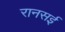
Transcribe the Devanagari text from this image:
रानसई